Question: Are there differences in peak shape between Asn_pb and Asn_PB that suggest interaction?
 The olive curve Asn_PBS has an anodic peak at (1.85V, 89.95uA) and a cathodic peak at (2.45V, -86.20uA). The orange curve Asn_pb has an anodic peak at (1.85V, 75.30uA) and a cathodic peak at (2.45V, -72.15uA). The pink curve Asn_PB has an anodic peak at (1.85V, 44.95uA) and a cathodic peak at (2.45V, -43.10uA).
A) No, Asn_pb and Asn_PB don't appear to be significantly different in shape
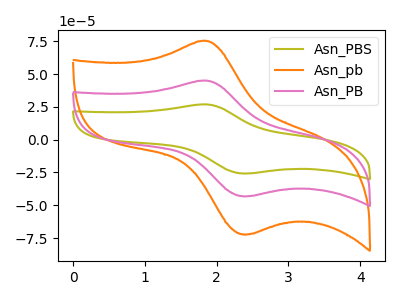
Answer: <think>All the peaks in "Asn_pb" have a peak in "Asn_PB" at the same potential. Every peak in "Asn_pb" is higher than every peak in "Asn_PB".
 </think>
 <answer>A) No, "Asn_pb" and "Asn_PB" don't appear to be significantly different in shape</answer>
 <eval>A</eval>